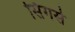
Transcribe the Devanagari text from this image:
सिंगर्स